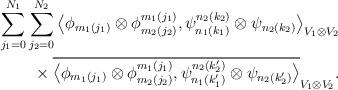
LaTeX: \begin{gather*}\sum_{j_1=0}^{N_1}\sum_{j_2=0}^{N_2} \big\langle \phi_{m_1(j_1)}\otimes \phi_{m_2(j_2)}^{m_1(j_1)},\psi_{n_1(k_1)}^{n_2(k_2)}\otimes \psi_{n_2(k_2)}\big\rangle _{V_1\otimes V_2}\\\qquad{} \times \overline{\big\langle \phi_{m_1(j_1)}\otimes \phi_{m_2(j_2)}^{m_1(j_1)},\psi_{n_1(k_1')}^{n_2(k_2')}\otimes \psi_{n_2(k_2')}\big\rangle }_{V_1\otimes V_2}.\end{gather*}